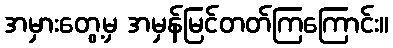
အမှားတွေ့မှ အမှန်မြင်တတ်ကြကြောင်း။